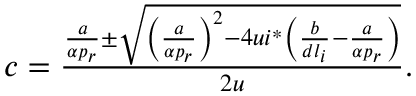
\begin{array} { r } { c = \frac { \frac { a } { \alpha p _ { r } } \pm \sqrt { \left( \frac { a } { \alpha p _ { r } } \right) ^ { 2 } - 4 u i ^ { * } \left( \frac { b } { d l _ { i } } - \frac { a } { \alpha p _ { r } } \right) } } { 2 u } . } \end{array}